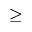
\ge